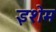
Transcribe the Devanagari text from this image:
इशेम